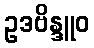
ဥဒဗိန္ဒူဝ